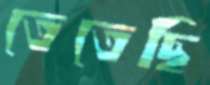
তেতেছি